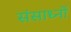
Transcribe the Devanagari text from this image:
संसाध्नों